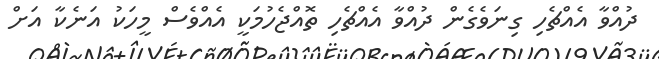
ދުއްވާ އެއްޗެހި ގިނަވެގެން ދުއްވާ އެއްޗެހި ތޮއްޖެހުމަކީ އެއްވެސް މީހަކު އަނެކާ އަށް